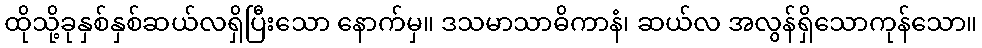
ထိုသို့ခုနှစ်နှစ်ဆယ်လရှိပြီးသော နောက်မှ။ ဒသမာသာဓိကာနံ၊ ဆယ်လ အလွန်ရှိသောကုန်သော။